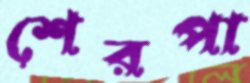
শেরপা